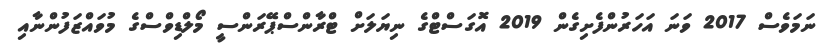
ނަމަވެސް 2017 ވަނަ އަހަރުންފެށިގެން 2019 އޮގަސްޓްގެ ނިޔަލަށް ޓްރާންސްޕޭރަންސީ މޯލްޑިވްސްގެ މުވައްޒަފުންނާއި